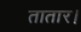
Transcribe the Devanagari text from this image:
तातार।